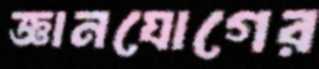
জ্ঞানযোগের